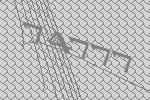
74777